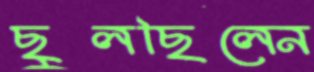
ছুলছিলেন